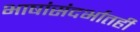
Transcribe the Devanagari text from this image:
भाषांसंदर्भातही